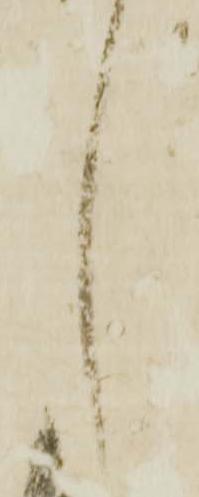
し